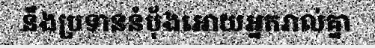
នឹងប្រទាននំប៉័ងអោយអ្នករាល់គ្នា